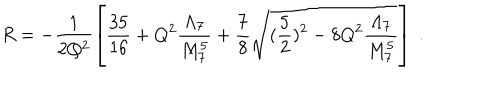
R = - \frac { 1 } { 2 Q ^ { 2 } } \left[ \frac { 3 5 } { 1 6 } + Q ^ { 2 } \frac { \Lambda _ { 7 } } { M _ { 7 } ^ { 5 } } + \frac { 7 } { 8 } \sqrt { ( \frac { 5 } { 2 } ) ^ { 2 } - 8 Q ^ { 2 } \frac { \Lambda _ { 7 } } { M _ { 7 } ^ { 5 } } } \right] ~ .